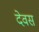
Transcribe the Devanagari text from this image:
देवस